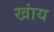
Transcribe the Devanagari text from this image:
खांय